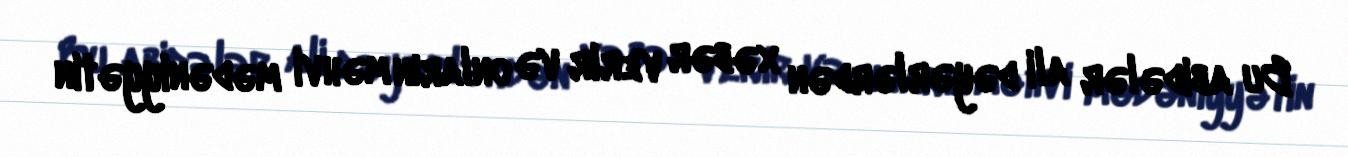
Bu abidələr ali dəyərlərdən xəbər verir və onların məhvi mədəniyyətin